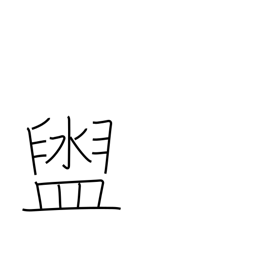
Meaning: washbasin